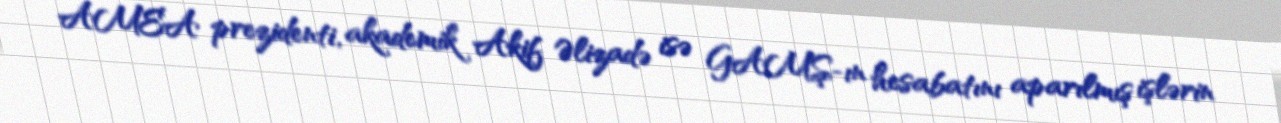
AMEA prezidenti, akademik Akif Əlizadə isə GAMŞ-ın hesabatını aparılmış işlərin